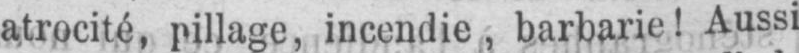
atrocité, pillage, incendie, barbarie! Aussi